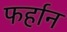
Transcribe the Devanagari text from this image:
फर्हान